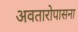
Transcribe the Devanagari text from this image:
अवतारोपासना